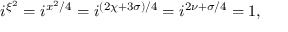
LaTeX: i ^ { \xi ^ { 2 } } = i ^ { x ^ { 2 } / 4 } = i ^ { ( 2 \chi + 3 \sigma ) / 4 } = i ^ { 2 \nu + \sigma / 4 } = 1 ,